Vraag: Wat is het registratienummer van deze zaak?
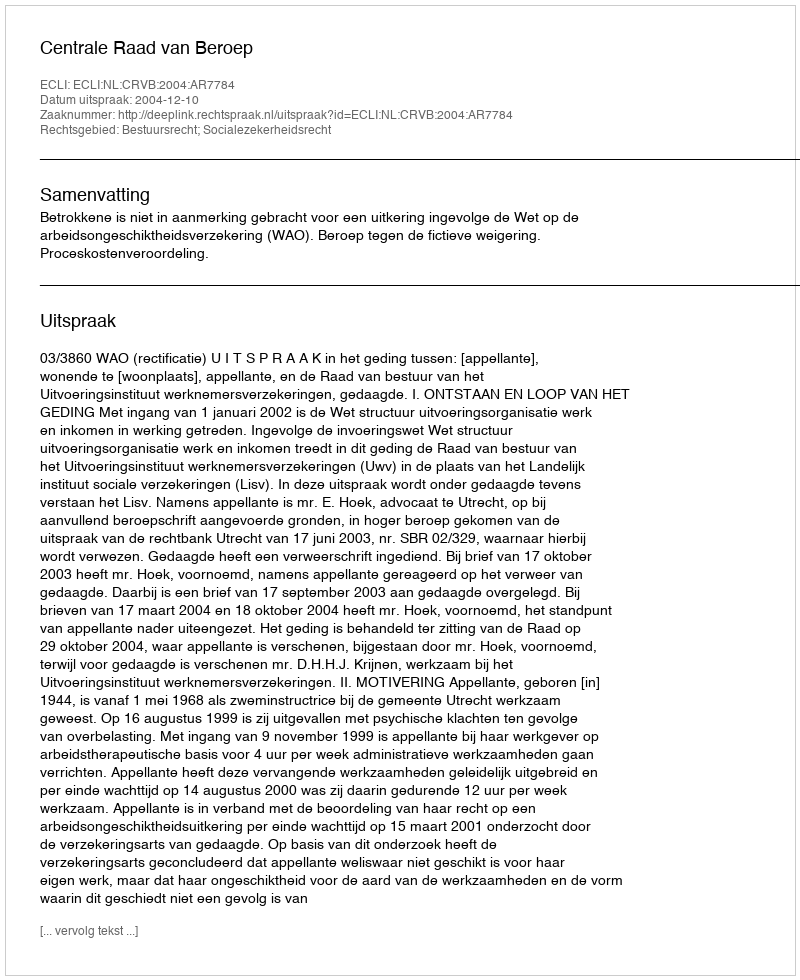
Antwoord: http://deeplink.rechtspraak.nl/uitspraak?id=ECLI:NL:CRVB:2004:AR7784